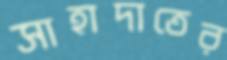
সাহাদাতের